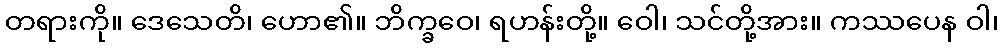
တရားကို။ ဒေသေတိ၊ ဟော၏။ ဘိက္ခဝေ၊ ရဟန်းတို့။ ဝေါ၊ သင်တို့အား။ ကဿပေန ဝါ၊